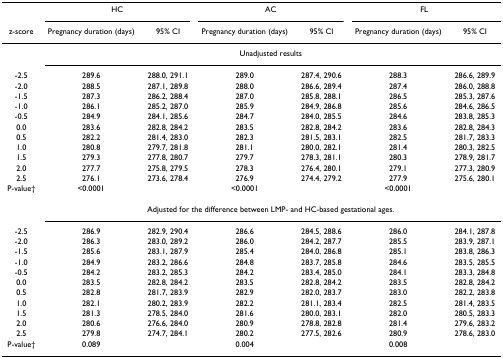
<table><thead><tr><td></td><td colspan="2"><b>HC</b></td><td colspan="2"><b>AC</b></td><td colspan="2"><b>FL</b></td></tr><tr><td><b>z-score</b></td><td><b>Pregnancy duration (days)</b></td><td><b>95% CI</b></td><td><b>Pregnancy duration (days)</b></td><td><b>95% CI</b></td><td><b>Pregnancy duration (days)</b></td><td><b>95% CI</b></td></tr></thead><tbody><tr><td></td><td colspan="6">Unadjusted results</td></tr><tr><td>-2.5</td><td>289.6</td><td>288.0, 291.1</td><td>289.0</td><td>287.4, 290.6</td><td>288.3</td><td>286.6, 289.9</td></tr><tr><td>-2.0</td><td>288.5</td><td>287.1, 289.8</td><td>288.0</td><td>286.6, 289.4</td><td>287.4</td><td>286.0, 288.8</td></tr><tr><td>-1.5</td><td>287.3</td><td>286.2, 288.4</td><td>287.0</td><td>285.8, 288.1</td><td>286.5</td><td>285.3, 287.6</td></tr><tr><td>-1.0</td><td>286.1</td><td>285.2, 287.0</td><td>285.9</td><td>284.9, 286.8</td><td>285.6</td><td>284.6, 286.5</td></tr><tr><td>-0.5</td><td>284.9</td><td>284.1, 285.6</td><td>284.7</td><td>284.0, 285.5</td><td>284.6</td><td>283.8, 285.3</td></tr><tr><td>0.0</td><td>283.6</td><td>282.8, 284.2</td><td>283.5</td><td>282.8, 284.2</td><td>283.6</td><td>282.8, 284.3</td></tr><tr><td>0.5</td><td>282.2</td><td>281.4, 283.0</td><td>282.3</td><td>281.5, 283.1</td><td>282.5</td><td>281.7, 283.3</td></tr><tr><td>1.0</td><td>280.8</td><td>279.7, 281.8</td><td>281.1</td><td>280.0, 282.1</td><td>281.4</td><td>280.3, 282.5</td></tr><tr><td>1.5</td><td>279.3</td><td>277.8, 280.7</td><td>279.7</td><td>278.3, 281.1</td><td>280.3</td><td>278.9, 281.7</td></tr><tr><td>2.0</td><td>277.7</td><td>275.8, 279.5</td><td>278.3</td><td>276.4, 280.1</td><td>279.1</td><td>277.3, 280.9</td></tr><tr><td>2.5</td><td>276.1</td><td>273.6, 278.4</td><td>276.9</td><td>274.4, 279.2</td><td>277.9</td><td>275.6, 280.1</td></tr><tr><td>P-value†</td><td>&lt;0.0001</td><td></td><td>&lt;0.0001</td><td></td><td>&lt;0.0001</td><td></td></tr><tr><td></td><td colspan="6">Adjusted for the difference between LMP- and HC-based gestational ages.</td></tr><tr><td>-2.5</td><td>286.9</td><td>282.9, 290.4</td><td>286.6</td><td>284.5, 288.6</td><td>286.0</td><td>284.1, 287.8</td></tr><tr><td>-2.0</td><td>286.3</td><td>283.0, 289.2</td><td>286.0</td><td>284.2, 287.7</td><td>285.5</td><td>283.9, 287.1</td></tr><tr><td>-1.5</td><td>285.6</td><td>283.1, 287.9</td><td>285.4</td><td>284.0, 286.8</td><td>285.1</td><td>283.8, 286.3</td></tr><tr><td>-1.0</td><td>284.9</td><td>283.2, 286.6</td><td>284.8</td><td>283.7, 285.8</td><td>284.6</td><td>283.5, 285.5</td></tr><tr><td>-0.5</td><td>284.2</td><td>283.2, 285.3</td><td>284.2</td><td>283.4, 285.0</td><td>284.1</td><td>283.3, 284.8</td></tr><tr><td>0.0</td><td>283.5</td><td>282.8, 284.2</td><td>283.5</td><td>282.8, 284.2</td><td>283.5</td><td>282.8, 284.2</td></tr><tr><td>0.5</td><td>282.8</td><td>281.7, 283.9</td><td>282.9</td><td>282.0, 283.7</td><td>283.0</td><td>282.2, 283.8</td></tr><tr><td>1.0</td><td>282.1</td><td>280.2, 283.9</td><td>282.2</td><td>281.1, 283.4</td><td>282.5</td><td>281.4, 283.5</td></tr><tr><td>1.5</td><td>281.3</td><td>278.5, 284.0</td><td>281.6</td><td>280.0, 283.1</td><td>282.0</td><td>280.5, 283.3</td></tr><tr><td>2.0</td><td>280.6</td><td>276.6, 284.0</td><td>280.9</td><td>278.8, 282.8</td><td>281.4</td><td>279.6, 283.2</td></tr><tr><td>2.5</td><td>279.8</td><td>274.7, 284.1</td><td>280.2</td><td>277.5, 282.6</td><td>280.9</td><td>278.6, 283.0</td></tr><tr><td>P-value†</td><td>0.089</td><td></td><td>0.004</td><td></td><td>0.008</td><td></td></tr></tbody></table>